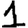
Digit: 1